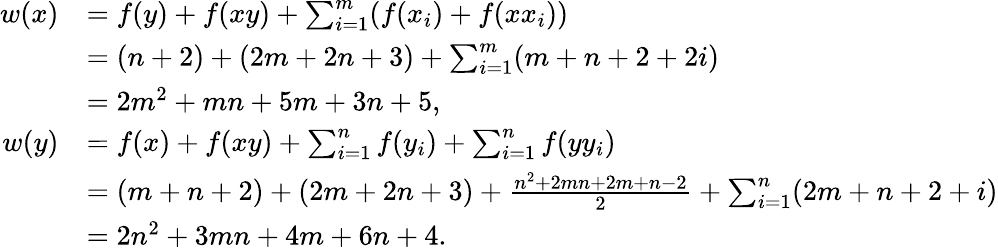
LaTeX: \begin{array}{rl}{w(x)}&{=f(y)+f(xy)+\sum_{i=1}^{m}(f(x_{i})+f(xx_{i}))}\\ &{=(n+2)+(2m+2n+3)+\sum_{i=1}^{m}(m+n+2+2i)}\\ &{=2m^{2}+mn+5m+3n+5,}\\ {w(y)}&{=f(x)+f(xy)+\sum_{i=1}^{n}f(y_{i})+\sum_{i=1}^{n}f(yy_{i})}\\ &{=(m+n+2)+(2m+2n+3)+\frac{n^{2}+2mn+2m+n-2}{2}+\sum_{i=1}^{n}(2m+n+2+i)}\\ &{=2n^{2}+3mn+4m+6n+4.}\end{array}